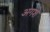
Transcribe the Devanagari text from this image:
अगशे